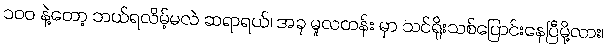
၁၀၀ နဲ့တော့ ဘယ်ရလိမ့်မလဲ ဆရာရယ်၊ အခု မူလတန်း မှာ သင်ရိုးသစ်ပြောင်းနေပြီမို့လား၊